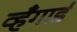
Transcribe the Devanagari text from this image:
व्हँगार्ड